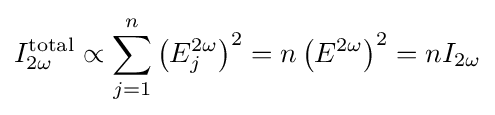
I_{2\omega }^{\text{total}}\propto \sum \limits _{j=1}^{n}\left(E_{j}^{2\omega }\right)^{2}=n\left(E^{2\omega }\right)^{2}=nI_{2\omega }